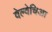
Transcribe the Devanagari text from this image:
वेल्वेचिआ